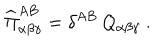
\widehat { \Pi } _ { \alpha \beta \gamma } ^ { A B } = \delta ^ { A B } \, \mathcal { Q } _ { \alpha \beta \gamma } ~ .